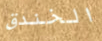
الخندق